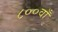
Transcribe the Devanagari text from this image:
८००वाँ